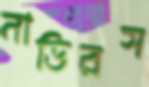
নাডিরস